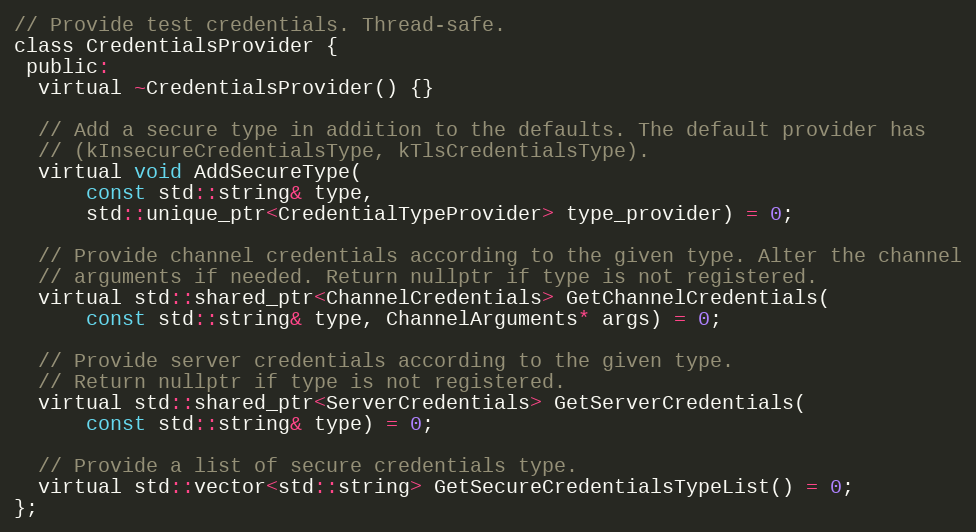
Language: C
// Provide test credentials. Thread-safe.
class CredentialsProvider {
 public:
  virtual ~CredentialsProvider() {}

  // Add a secure type in addition to the defaults. The default provider has
  // (kInsecureCredentialsType, kTlsCredentialsType).
  virtual void AddSecureType(
      const std::string& type,
      std::unique_ptr<CredentialTypeProvider> type_provider) = 0;

  // Provide channel credentials according to the given type. Alter the channel
  // arguments if needed. Return nullptr if type is not registered.
  virtual std::shared_ptr<ChannelCredentials> GetChannelCredentials(
      const std::string& type, ChannelArguments* args) = 0;

  // Provide server credentials according to the given type.
  // Return nullptr if type is not registered.
  virtual std::shared_ptr<ServerCredentials> GetServerCredentials(
      const std::string& type) = 0;

  // Provide a list of secure credentials type.
  virtual std::vector<std::string> GetSecureCredentialsTypeList() = 0;
};